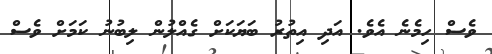
ވެސް ހިމެނެެ އެވެ. އަދި އިތުރު ބަޔަކަށް ގެއްލުން ލިބުނު ކަމަށް ވެސް